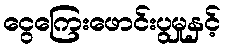
ငွေကြေးဖောင်းပွမှုနှင့်